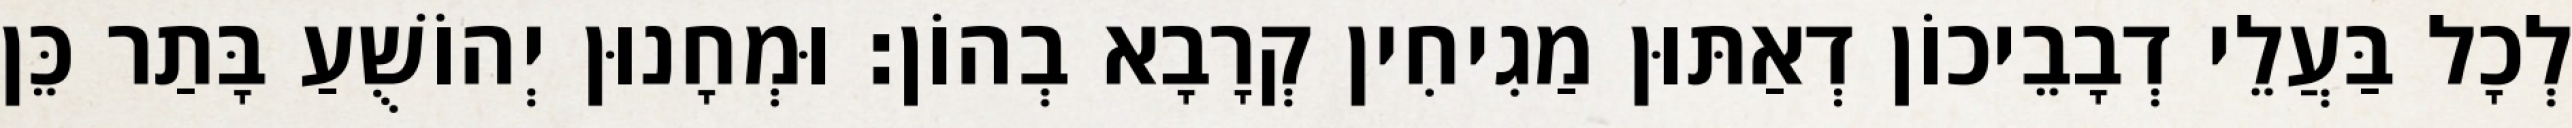
לְכָל בַּעֲלֵי דְבָבֵיכוֹן דְאַתּוּן מַגִיחִין קְרָבָא בְהוֹן׃ וּמְחָנוּן יְהוֹשֻׁעַ בָּתַר כֵּן